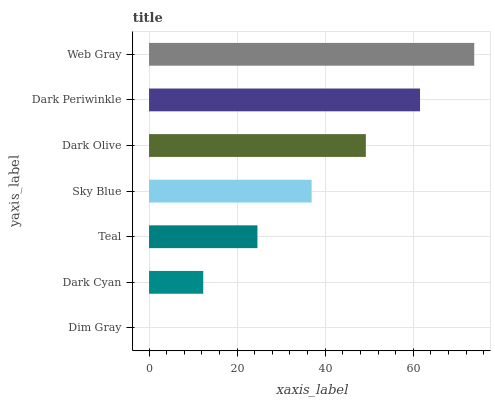
| yaxis_label | bars |
 | --- | --- |
 | Dim Gray | 0 |
 | Dark Cyan | 12.3 |
 | Teal | 24.6 |
 | Sky Blue | 36.9 |
 | Dark Olive | 49.2 |
 | Dark Periwinkle | 61.5 |
 | Web Gray | 73.8 |